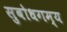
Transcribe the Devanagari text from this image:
सुबोधगम्य